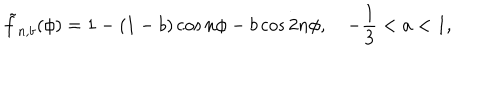
\tilde { f } _ { n , b } ( \phi ) = 1 - ( 1 - b ) \cos n \phi - b \cos 2 n \phi , \quad - \frac { 1 } { 3 } < a < 1 ,